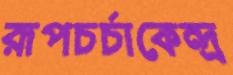
রূপচর্চাকেন্দ্র